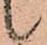
候